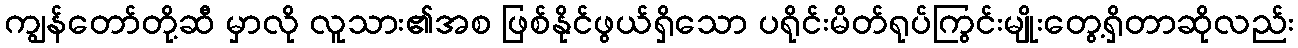
ကျွန်တော်တို့ဆီ မှာလို လူသား၏အစ ဖြစ်နိုင်ဖွယ်ရှိသော ပရိုင်းမိတ်ရုပ်ကြွင်းမျိုးတွေ့ရှိတာဆိုလည်း